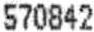
570842